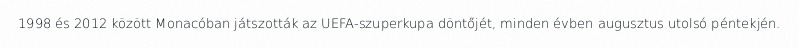
1998 és 2012 között Monacóban játszották az UEFA-szuperkupa döntőjét, minden évben augusztus utolsó péntekjén.